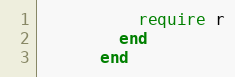
Language: Ruby
          require r
        end
      end